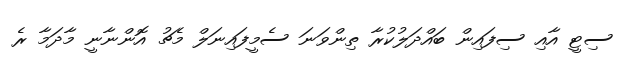
ސިޓީ އާއި ސިފައިން ބައްދަލުކުރާ ތިންވަނަ ސެމީފައިނަލް މެޗު އޮންނާނީ މާދަމާ ރެ